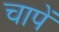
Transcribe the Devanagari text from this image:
चापें